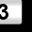
Digit: 3